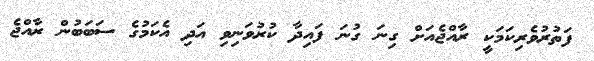
ފަތުރުވެރިކަމަކީ ރާއްޖެއަށް ގިނަ ގުނަ ފައިދާ ކުރުވަނިވި އަދި އެކަމުގެ ސަބަބުން ރާއްޖެ